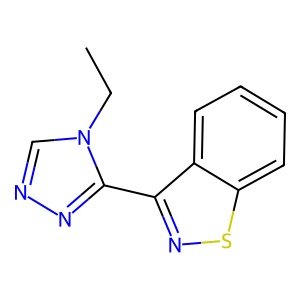
SMILES: CCn1cnnc1-c1nsc2ccccc12
Inhibits HIV replication: No